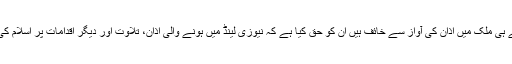
جب یہ بات کی جاتی ہے کہ جو اپنے ہی ملک میں اذان کی آواز سے خائف ہیں ان کو حق کیا ہے کہ نیوزی لینڈ میں ہونے والی اذان، تلاوت اور دیگر اقدامات پر اسلام کی فتح کی خیالی بنیادیں اٹھاتے پھریں۔